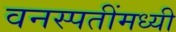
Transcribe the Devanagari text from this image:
वनस्पतींमध्यी